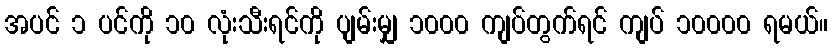
အပင် ၁ ပင်ကို ၁၀ လုံးသီးရင်ကို ပျမ်းမျှ ၁၀၀၀ ကျပ်တွက်ရင် ကျပ် ၁၀၀၀၀ ရမယ်။